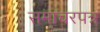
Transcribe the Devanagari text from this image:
समाचरपत्र